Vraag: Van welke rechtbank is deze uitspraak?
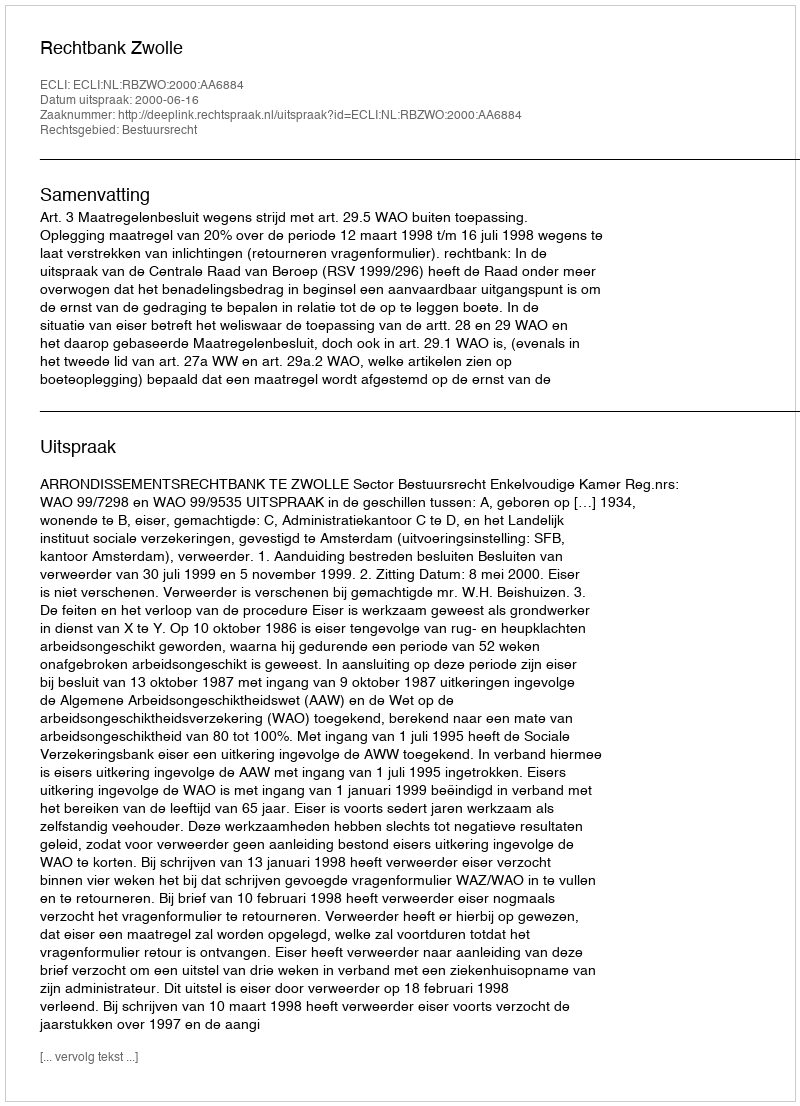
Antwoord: Rechtbank Zwolle